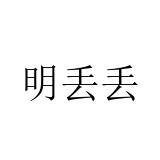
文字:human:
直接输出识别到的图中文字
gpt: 明丢丢